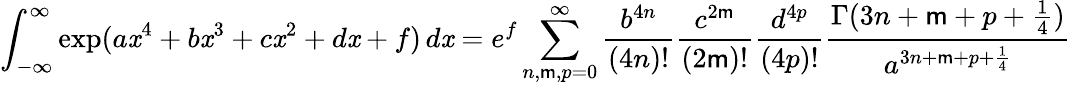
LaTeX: \int_{-\infty}^{\infty}\exp({a\mathit{x}^{4}+b\mathit{x}^{3}+c\mathit{x}^{2}+d\mathit{x}+f})\, d\mathit{x}=e^{f}\sum_{n,\mathsf{m},p=0}^{\infty}{\frac{{b^{4n}}}{{(4n)!}}}{\frac{{c^{2\mathsf{m}}}}{{(2\mathsf{m})!}}}{\frac{{d^{4p}}}{{(4p)!}}}{\frac{{\Gamma(3n+\mathsf{m}+p+{\frac{{1}}{{4}}})}}{{a^{3n+\mathsf{m}+p+{\frac{{1}}{{4}}}}}}}